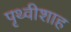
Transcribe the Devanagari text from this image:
पृथ्वीशाह